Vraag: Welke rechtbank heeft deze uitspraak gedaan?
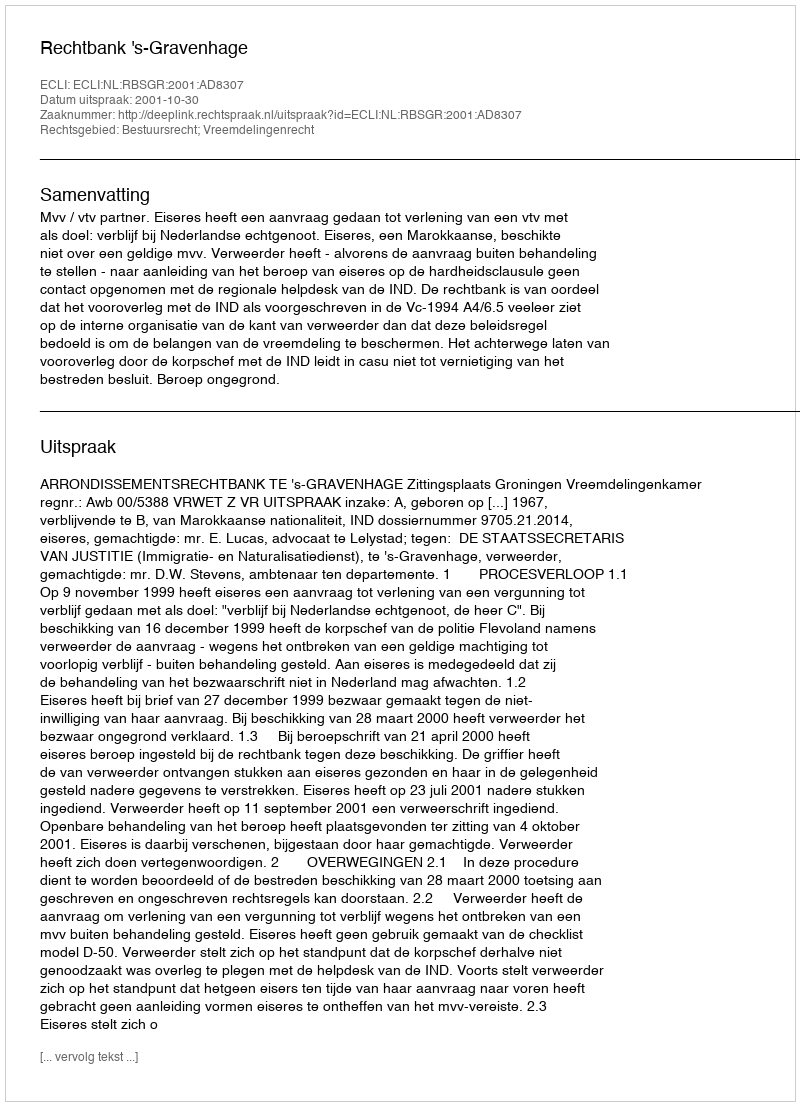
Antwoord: Rechtbank 's-Gravenhage